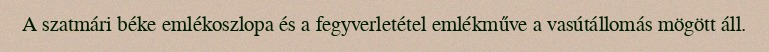
A szatmári béke emlékoszlopa és a fegyverletétel emlékműve a vasútállomás mögött áll.